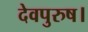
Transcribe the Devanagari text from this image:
देवपुरुष।